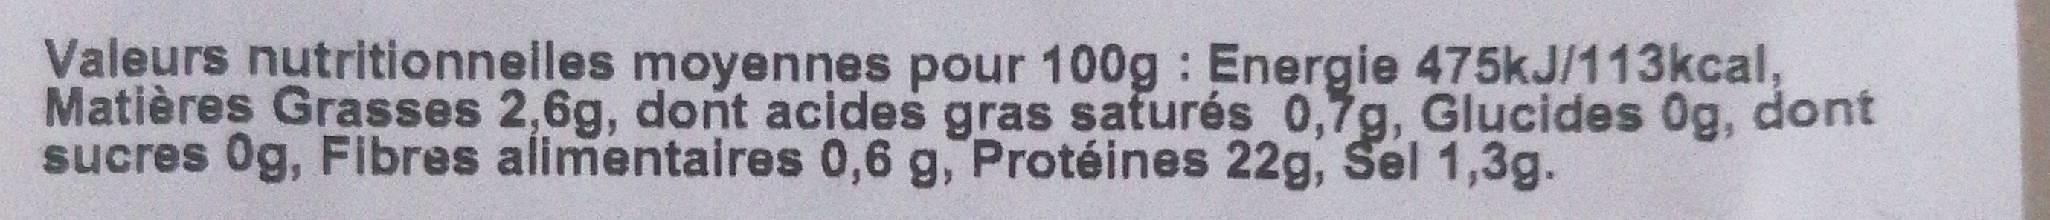
Valeurs nutritionnelles moyennes pour 100g : Energie 475kJ/113kcal, Matières Grasses 2,6g, dont acides gras saturés 0,7g, Glucides 0g, dont sucres 0g, Fibres alimentaires 0,6 g, Protéines 22g, Sel 1,3g.